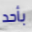
بأحد